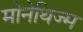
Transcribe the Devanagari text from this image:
मोनेथिज्म